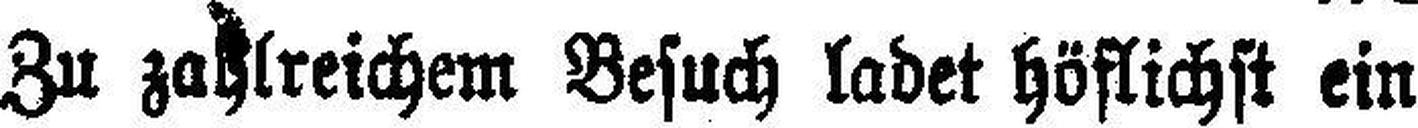
Zu zahlreichem Besuch ladet höflichst ein